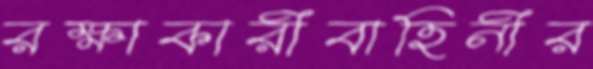
রক্ষাকারীবাহিনীর